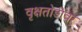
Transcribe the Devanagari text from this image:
वृक्षतोडीवर